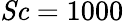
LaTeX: \mathit{Sc}=1000